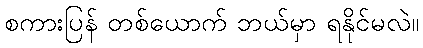
စကားပြန် တစ်ယောက် ဘယ်မှာ ရနိုင်မလဲ။